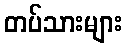
တပ်သားများ